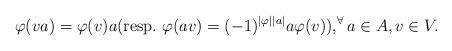
LaTeX: \begin{align*} \varphi(v a) = \varphi(v) a (\mbox{resp.~} \varphi(av) =(-1)^{|\varphi| |a|} a \varphi(v)), ^\forall a \in A, v \in V.\end{align*}